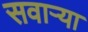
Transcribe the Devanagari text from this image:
सवाऱ्या